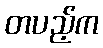
တပည့်က